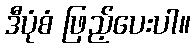
ဒီပုံစံ ဖြည့်ပေးပါ။